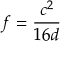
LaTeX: f = { \frac { c ^ { 2 } } { 1 6 d } }